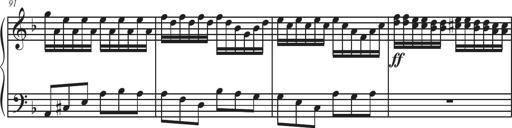
Title: Sonatina Espania
Composer: Jerald Franklin Archer
Key: Various